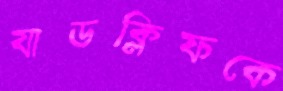
যাডক্লিফকে